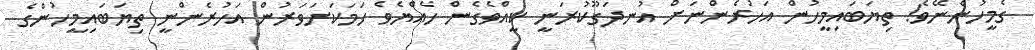
ގެމީހުންނޭވެ! ތިޔަބައިމީހުން އަހުރެންނަށް އުނދަގޫކުރަނީ ކީއްވެގެން ހެއްޔެވެ ހަމަކަށަވަރުން އަހުރެންނީ ތިޔަބައިމީހުންގެ